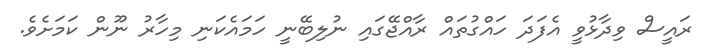
ރައީސް ވިދާޅުވީ އެފަދަ ހައްގުތައް ރާއްޖޭގައި ނުލިބޭނީ ހަމައެކަނި މިހާރު ނޫން ކަމަށެވެ.